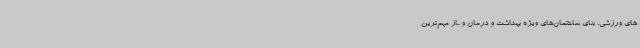
های ورزشی، بنای ساختمان‌های ویژه بهداشت و درمان و ...از مهم‌ترین